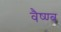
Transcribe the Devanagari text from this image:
वैष्ण्ब